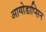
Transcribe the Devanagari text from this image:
आयोडाप्सिन